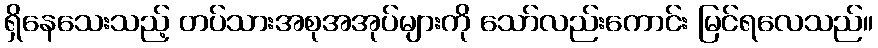
ရှိနေသေးသည့် တပ်သားအစုအအုပ်များကို သော်လည်းကောင်း မြင်ရလေသည်။